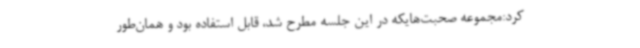
کرد:مجموعه صحبت‌هایکه در این جلسه مطرح شد، قابل استفاده بود و همان‌طور